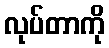
လုပ်တာကို